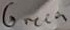
Text: Green